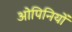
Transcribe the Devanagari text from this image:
ओपिनियों